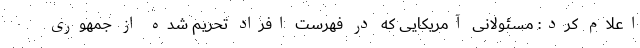
اعلام کرد: مسئولانی آمریکایی که در فهرست افراد تحریم شده از جمهوری